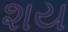
શય